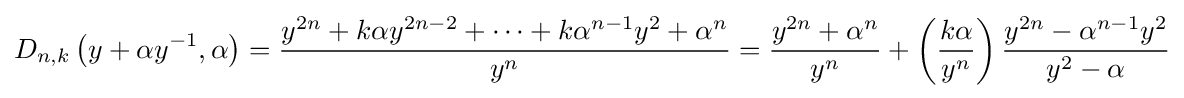
D_{n,k}\left(y+\alpha y^{-1},\alpha \right)={\frac {y^{2n}+k\alpha y^{2n-2}+\cdots +k\alpha ^{n-1}y^{2}+\alpha ^{n}}{y^{n}}}={\frac {y^{2n}+{\alpha }^{n}}{y^{n}}}+\left({\frac {k\alpha }{y^{n}}}\right){\frac {y^{2n}-{\alpha }^{n-1}y^{2}}{y^{2}-\alpha }}